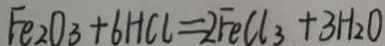
F e _ { 2 } O _ { 3 } + 6 H C l = 2 F e C l _ { 3 } + 3 H _ { 2 } O